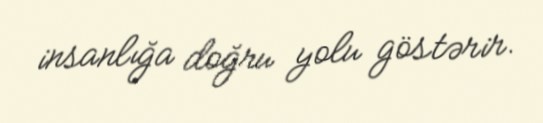
insanlığa doğru yolu göstərir.